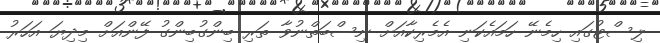
ލިސްޓުގައި ހިމެނޭ ހަމައެކަނި އެމެރިކާއަށް ނިސްބަތްނުވާ ތަރި ބިންގުބިންގު ފޭންއަށް މިދިޔަ އަހަރު